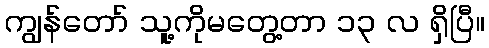
ကျွန်တော် သူ့ကိုမတွေ့တာ ၁၃ လ ရှိပြီ။